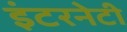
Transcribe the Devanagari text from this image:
इंटरनेटी